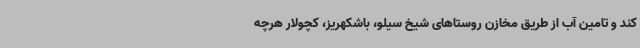
کند و تامین آب از طریق مخازن روستاهای شیخ سیلو، باشکهریز، کچولار هرچه